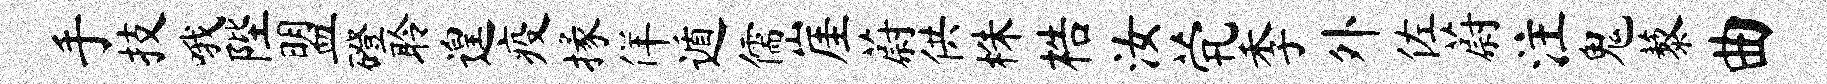
手技哦陛盟磴聆遑疫掾佯遁儒崖蔚供株梏汝茕季外佐蔚注鬼藜曲